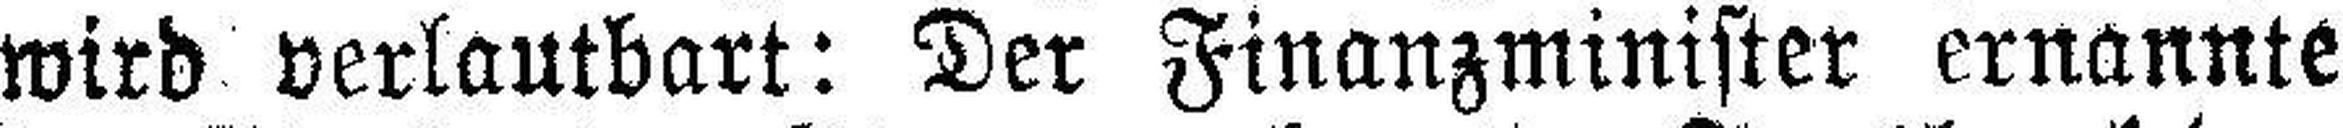
wird verlautbart: Der Finanzminister ernannte